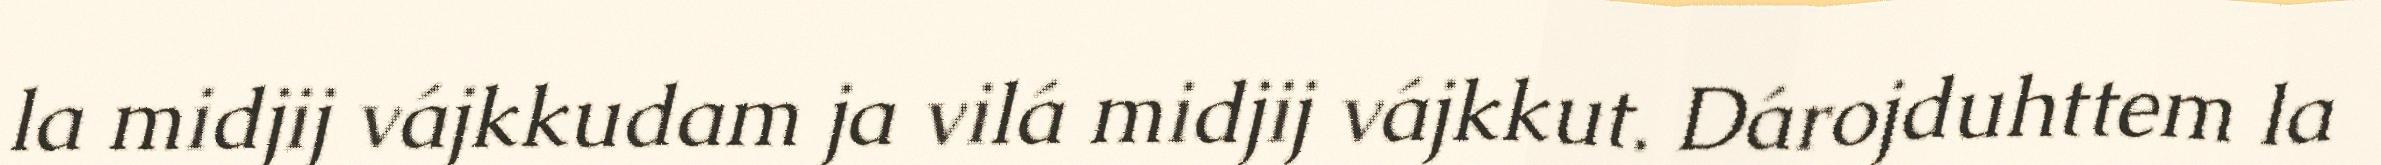
la midjij vájkkudam ja vilá midjij vájkkut. Dárojduhttem la